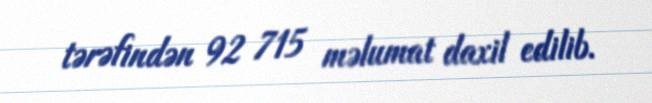
tərəfindən 92 715 məlumat daxil edilib.